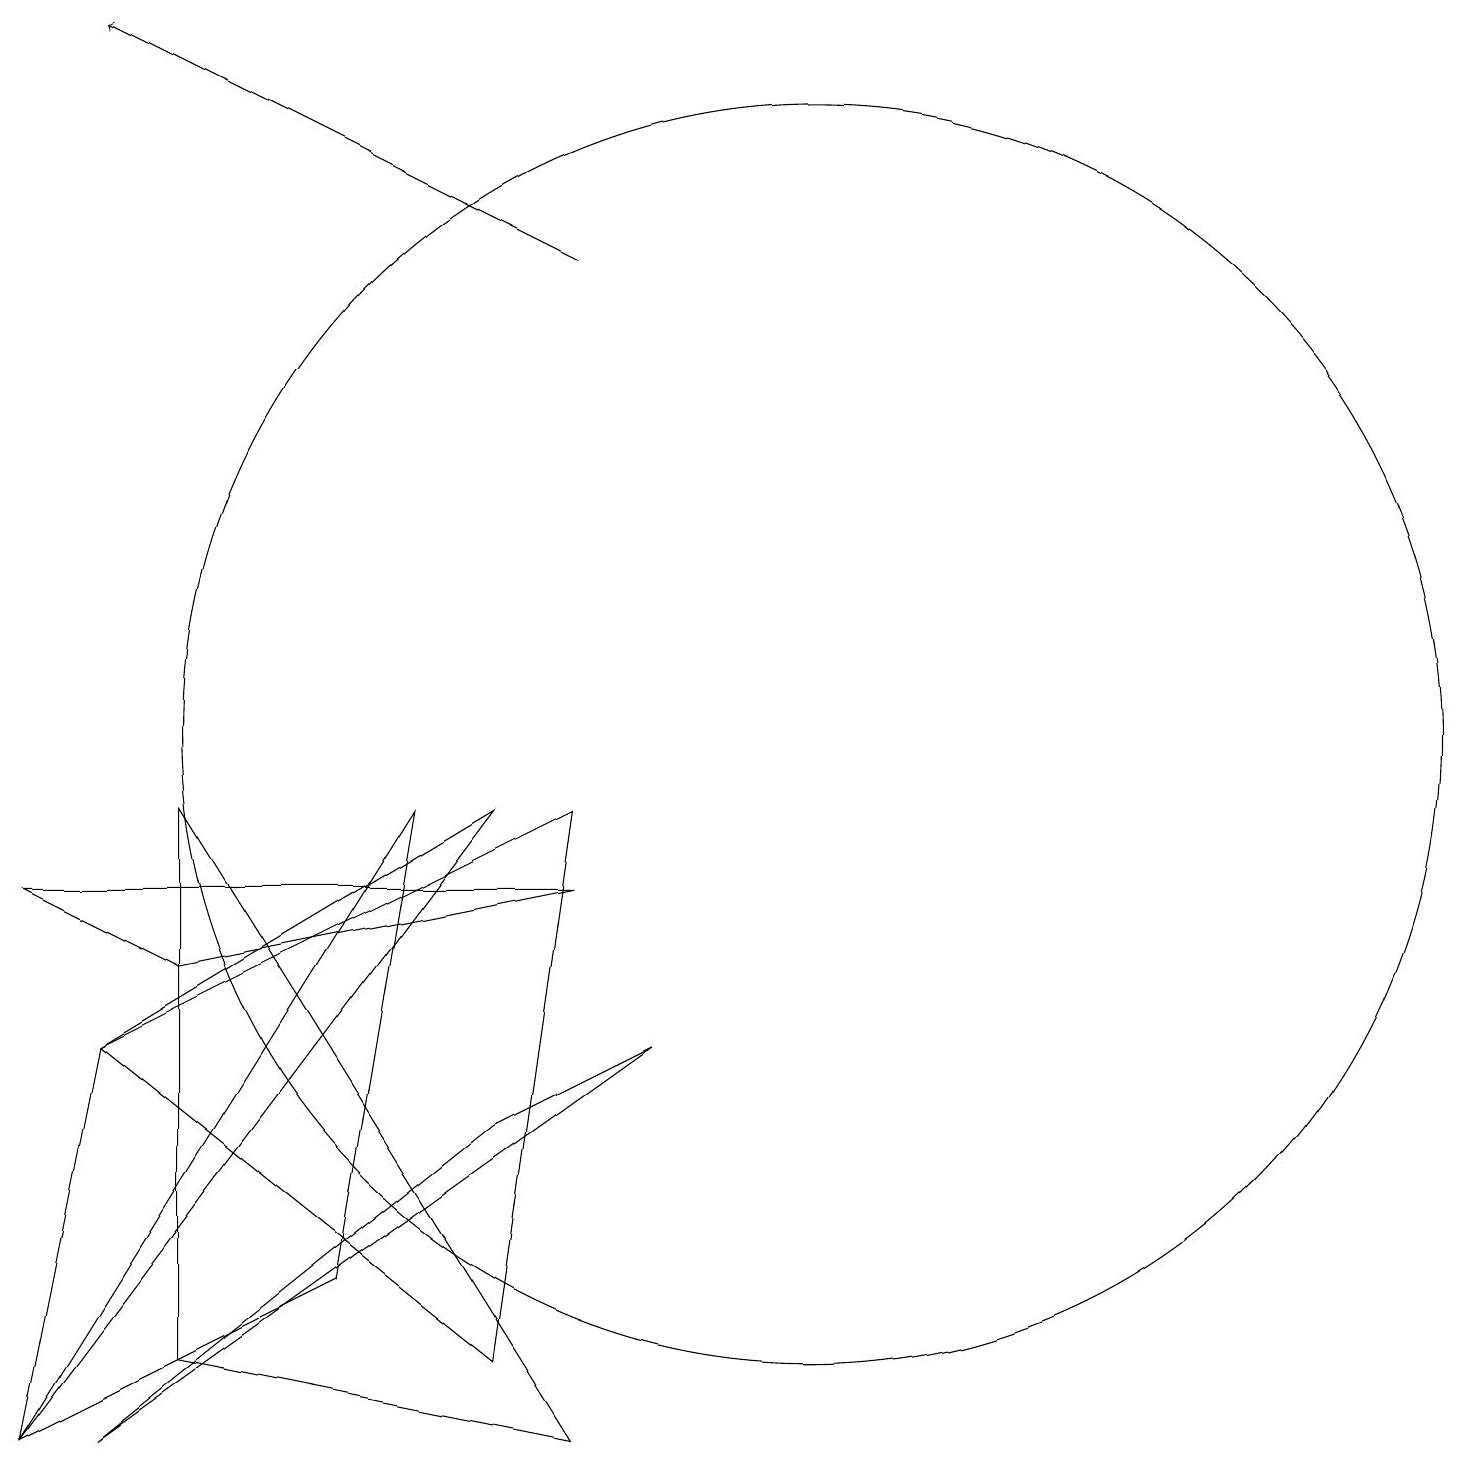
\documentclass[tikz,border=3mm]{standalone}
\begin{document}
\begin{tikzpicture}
\draw (6,9) -- (0,1) -- (1,6) -- cycle;
\draw (10,10) circle (8);
\draw (0,8) -- (2,7) -- (7,8) -- cycle;
\draw (2,2) -- (7,1) -- (2,9) -- cycle;
\draw (0,1) -- (4,3) -- (5,9) -- cycle;
\draw (8,6) -- (6,5) -- (1,1) -- cycle;
\draw (1,6) -- (7,9) -- (6,2) -- cycle;
\draw[->] (7,16) -- (1,19);
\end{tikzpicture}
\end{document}